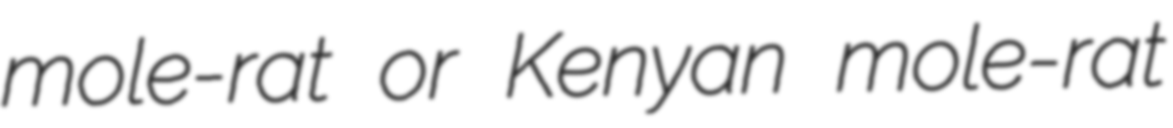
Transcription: mole-rat or Kenyan mole-rat